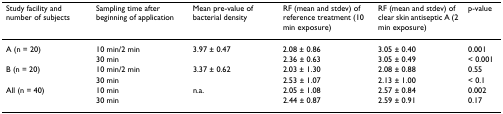
<table><thead><tr><td><b>Study facility and number of subjects</b></td><td><b>Sampling time after beginning of application</b></td><td><b>Mean pre-value of bacterial density</b></td><td><b>RF (mean and stdev) of reference treatment (10 min exposure)</b></td><td><b>RF (mean and stdev) of clear skin antiseptic A (2 min exposure)</b></td><td><b>p-value</b></td></tr></thead><tbody><tr><td>A (n = 20)</td><td>10 min/2 min</td><td>3.97 ± 0.47</td><td>2.08 ± 0.86</td><td>3.05 ± 0.40</td><td>0.001</td></tr><tr><td></td><td>30 min</td><td></td><td>2.36 ± 0.63</td><td>3.05 ± 0.49</td><td>&lt; 0.001</td></tr><tr><td>B (n = 20)</td><td>10 min/2 min</td><td>3.37 ± 0.62</td><td>2.03 ± 1.30</td><td>2.08 ± 0.88</td><td>0.55</td></tr><tr><td></td><td>30 min</td><td></td><td>2.53 ± 1.07</td><td>2.13 ± 1.00</td><td>&lt; 0.1</td></tr><tr><td>All (n = 40)</td><td>10 min</td><td>n.a.</td><td>2.05 ± 1.08</td><td>2.57 ± 0.84</td><td>0.002</td></tr><tr><td></td><td>30 min</td><td></td><td>2.44 ± 0.87</td><td>2.59 ± 0.91</td><td>0.17</td></tr></tbody></table>